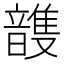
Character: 𮧽